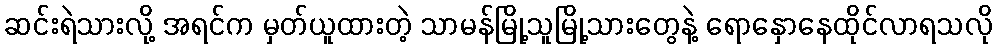
ဆင်းရဲသားလို့ အရင်က မှတ်ယူထားတဲ့ သာမန်မြို့သူမြို့သားတွေနဲ့ ရောနှောနေထိုင်လာရသလို